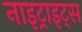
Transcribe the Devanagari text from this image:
नाइट्राइट्स